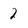
Character: 2